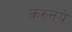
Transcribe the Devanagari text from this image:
करुनये